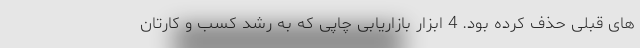
های قبلی حذف کرده بود. 4 ابزار بازاریابی چاپی که به رشد کسب و کارتان